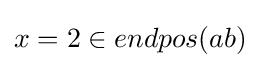
x=2\in endpos(ab)